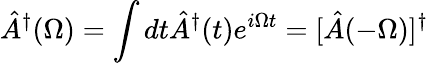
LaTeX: \hat{A}^{\dagger}(\Omega)=\int dt\hat{A}^{\dagger}(t)e^{i\Omega t}=[\hat{A}(-\Omega)]^{\dagger}